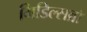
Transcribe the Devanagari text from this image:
मिडिल्सब्रॉ